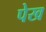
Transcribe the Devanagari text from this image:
पेख